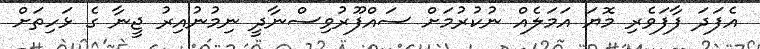
އެފަދަ ފާފަވެރި މޮޔަ އަމަލެއް ނުކުރުމަށް ސައްފޫރުވިސްނާދީ ނިމުނުއިރު ޖީނާ ގެ ޅަހިތަށް